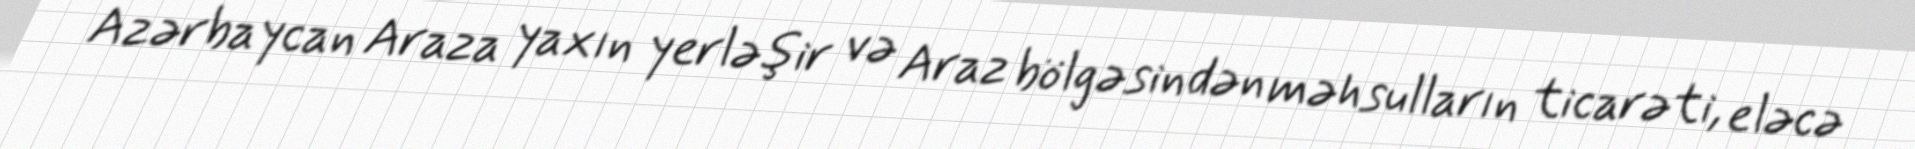
Azərbaycan Araza yaxın yerləşir və Araz bölgəsindən məhsulların ticarəti, eləcə